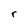
Character: r